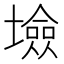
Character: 𡑯